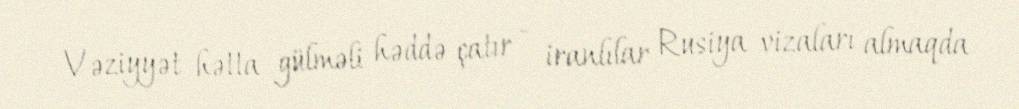
Vəziyyət hətta gülməli həddə çatır - iranlılar Rusiya vizaları almaqda